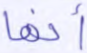
أنها